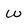
Character: w